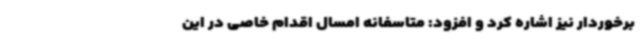
‌برخوردار نیز اشاره کرد و افزود: متاسفانه امسال اقدام خاصی در این